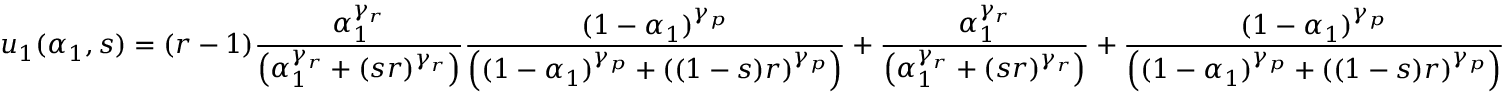
u _ { 1 } ( \alpha _ { 1 } , s ) = ( r - 1 ) \frac { \alpha _ { 1 } ^ { \gamma _ { r } } } { \left( \alpha _ { 1 } ^ { \gamma _ { r } } + ( s r ) ^ { \gamma _ { r } } \right) } \frac { ( 1 - \alpha _ { 1 } ) ^ { \gamma _ { p } } } { \left( ( 1 - \alpha _ { 1 } ) ^ { \gamma _ { p } } + ( ( 1 - s ) r ) ^ { \gamma _ { p } } \right) } + \frac { \alpha _ { 1 } ^ { \gamma _ { r } } } { \left( \alpha _ { 1 } ^ { \gamma _ { r } } + ( s r ) ^ { \gamma _ { r } } \right) } + \frac { ( 1 - \alpha _ { 1 } ) ^ { \gamma _ { p } } } { \left( ( 1 - \alpha _ { 1 } ) ^ { \gamma _ { p } } + ( ( 1 - s ) r ) ^ { \gamma _ { p } } \right) }